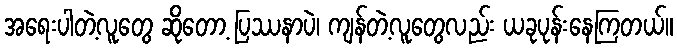
အရေးပါတဲ့လူတွေ ဆိုတော့ ပြဿနာပဲ၊ ကျန်တဲ့လူတွေလည်း ယခုပုန်းနေကြတယ်။